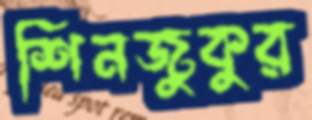
শিনজুকুর